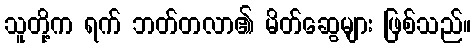
သူတို့က ရက် ဘတ်တလာ၏ မိတ်ဆွေများ ဖြစ်သည်။